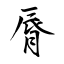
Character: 脣